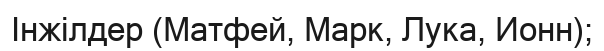
Інжілдер (Матфей, Марк, Лука, Ионн);